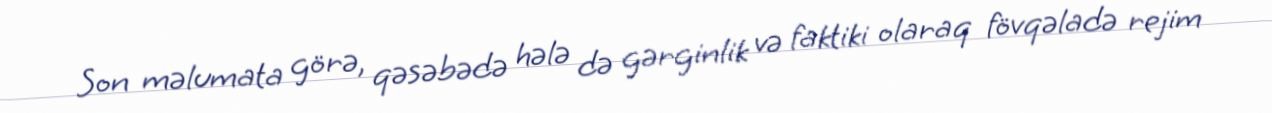
Son məlumata görə, qəsəbədə hələ də gərginlik və faktiki olaraq fövqəladə rejim